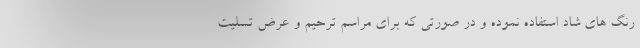
رنگ های شاد استفاده نموده و در صورتی که برای مراسم ترحیم و عرض تسلیت